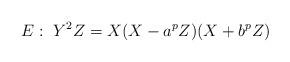
LaTeX: \begin{align*}E: ~Y^2Z = X (X - a^pZ) (X +b^pZ) \end{align*}